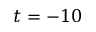
t = - 1 0